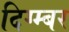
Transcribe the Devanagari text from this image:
दिग्म्बर